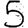
Digit: 5